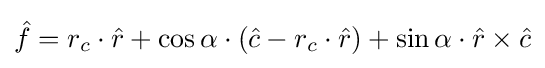
{\hat {f}}=r_{c}\cdot {\hat {r}}+\cos \alpha \cdot ({\hat {c}}-r_{c}\cdot {\hat {r}})+\sin \alpha \cdot {\hat {r}}\times {\hat {c}}